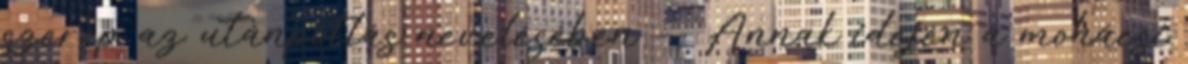
szerep az utánpótlás nevelésében — Annak idején a mohácsi